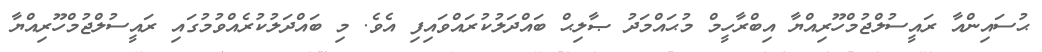
ޙުސައިންއާ ރައީސުލްޖުމްހޫރިއްޔާ އިބްރާހީމް މުޙައްމަދު ޞާލިޙް ބައްދަލުކުރައްވައިފި އެވެ. މި ބައްދަލުކުރެއްވުމުގައި ރައީސުލްޖުމްހޫރިއްޔާ